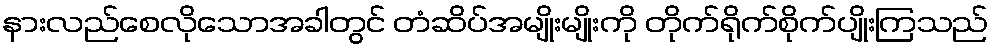
နားလည်စေလိုသောအခါတွင် တံဆိပ်အမျိုးမျိုးကို တိုက်ရိုက်စိုက်ပျိုးကြသည်